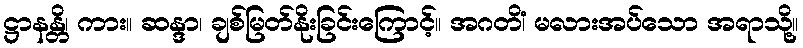
ဋ္ဌာနန္တိ၊ ကား။ ဆန္ဒာ၊ ချစ်မြတ်နိုးခြင်းကြောင့်။ အဂတိံ၊ မလားအပ်သော အရာသို့။